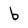
Character: b